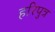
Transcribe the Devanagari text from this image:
हरिपुत्र